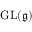
\operatorname { G L } ( { \mathfrak { g } } )